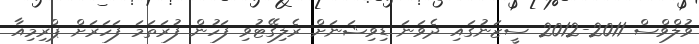
ވުލްވްސް 2011-2012 ސީޒަނުގައި ދެވަނަ ޑިވިޝަނަށް ރެލިގޭޓުވި ފަހުން ފުރަތަމަ ފަހަރަށް ޕްރިމިއާ